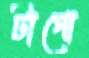
টাগো